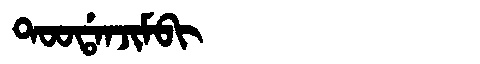
Manchu: ᡨᠣᠣᡩᠠᠨᠵᡳᠮᠪᡳ
Romanization: TOODANJIMBI